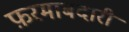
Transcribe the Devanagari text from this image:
फ़रमाबदारी